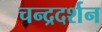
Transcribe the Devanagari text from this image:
चन्द्रदर्शन